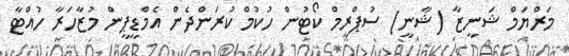
މަރްޔަމް ޝަނީޒާ (ޝާނީ) ސުޕްރީމް ކޯޓުން ހުކުމް ކުރަންދެން އެމްޑީޕީން މުޒާހަރާ ހުއްޓާ